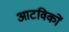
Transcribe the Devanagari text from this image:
आटविकों